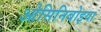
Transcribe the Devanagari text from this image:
ओसिनिबोइया